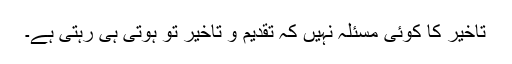
تاخیر کا کوئی مسئلہ نہیں کہ تقدیم و تاخیر تو ہوتی ہی رہتی ہے۔